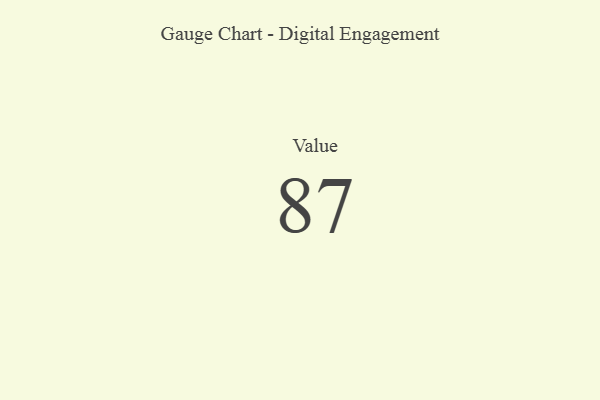
{"axis": {"x": "Metric", "y": "Value"}, "legend": [""], "data": [{"x": "Value", "y": 87, "type": ""}]}